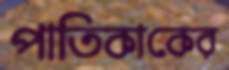
পাতিকাকের